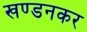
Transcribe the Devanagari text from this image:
खण्डनकर